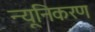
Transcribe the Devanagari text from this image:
न्यूनिकरण